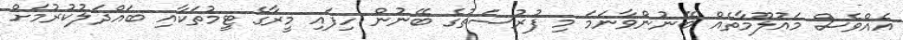
އެއްވެސް މައުލޫމާތެއް ބޭނުންވާނަމަ މި ފުރުސަތުގެ ބޭނުން ހިފައި މީރާގެ ޓީމުތަކާއި ބައްދަލުކުރުމަށް